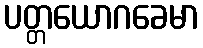
ပတ္တယောဂခေမာ